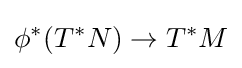
\phi ^{*}(T^{*}N)\to T^{*}M